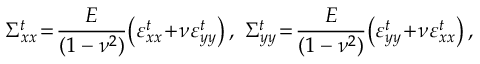
\Sigma _ { x x } ^ { t } \! = \! \frac { E } { ( 1 - \nu ^ { 2 } ) } \! \left( \varepsilon _ { x x } ^ { t } \! + \! \nu \varepsilon _ { y y } ^ { t } \right) , \, \, \Sigma _ { y y } ^ { t } \! = \! \frac { E } { ( 1 - \nu ^ { 2 } ) } \! \left( \varepsilon _ { y y } ^ { t } \! + \! \nu \varepsilon _ { x x } ^ { t } \right) ,